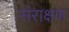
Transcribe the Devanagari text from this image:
संराक्षण